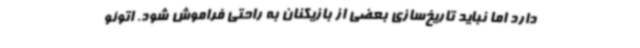
دارد اما نباید تاریخ‌سازی بعضی از بازیکنان به راحتی فراموش شود. اتوئو